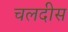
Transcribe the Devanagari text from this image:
चलदीस